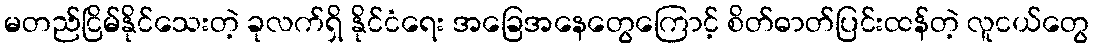
မတည်ငြိမ်နိုင်သေးတဲ့ ခုလက်ရှိ နိုင်ငံရေး အခြေအနေတွေကြောင့် စိတ်ဓာတ်ပြင်းထန်တဲ့ လူငယ်တွေ